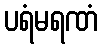
ပရံမရဏံ